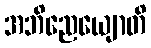
အဘိညေယျောတိ